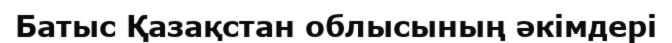
Батыс Қазақстан облысының әкімдері